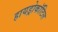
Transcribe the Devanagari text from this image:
हायड्रोकॉटिल